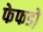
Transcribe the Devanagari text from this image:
फेफडो़